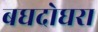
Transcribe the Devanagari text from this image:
बघदोघरा